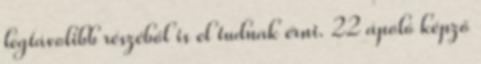
legtávolibb részéből is el tudnak érni. 22 ápoló képző